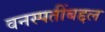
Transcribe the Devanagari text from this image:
वनस्पतींबद्दल